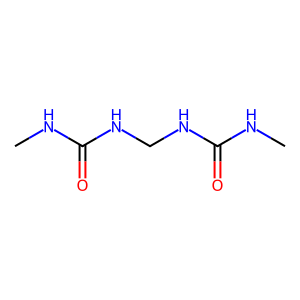
SMILES: CNC(=O)NCNC(=O)NC
Inhibits HIV replication: No